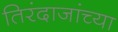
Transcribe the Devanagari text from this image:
तिरंदाजांच्या